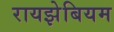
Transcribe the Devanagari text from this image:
रायझेबियम